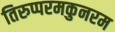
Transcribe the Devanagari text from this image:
तिरुप्परमकुनरम